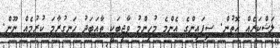
ލަޝްކަރެއް އޮތުން. ސިފައިންގެ އެންމެ މުހިންމު ވާޖިބަކީ ތާއަބަދު ހަނގުރާމަ ކުރުމެއް ނޫން.